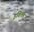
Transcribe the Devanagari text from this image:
इवित्ल